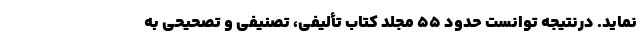
نماید. درنتیجه توانست حدود ۵۵ مجلد کتاب تألیفی، تصنیفی و تصحیحی به